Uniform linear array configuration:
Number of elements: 24
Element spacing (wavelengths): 0.25
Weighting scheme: cosine
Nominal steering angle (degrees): -15
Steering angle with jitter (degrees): -13.863
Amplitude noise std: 0.05
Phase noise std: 0.05

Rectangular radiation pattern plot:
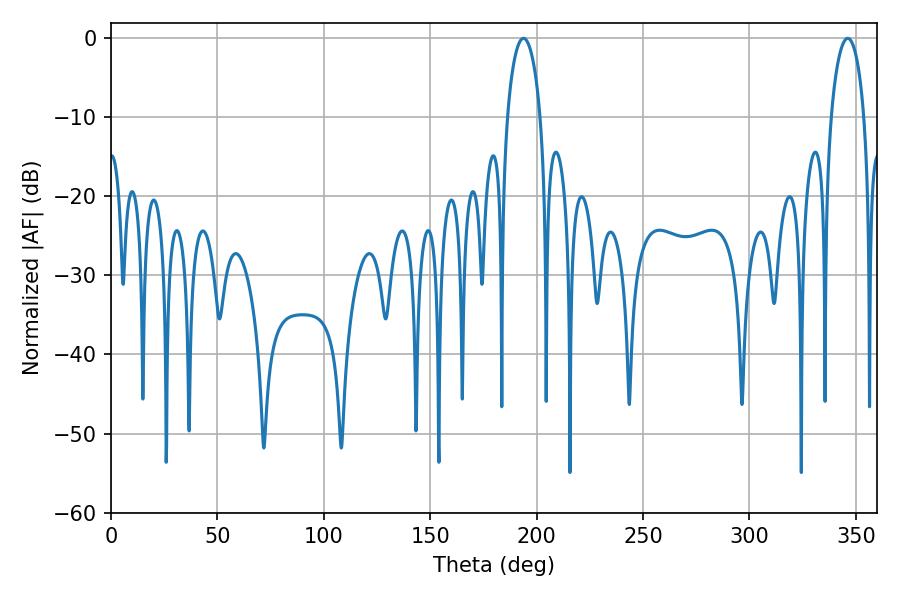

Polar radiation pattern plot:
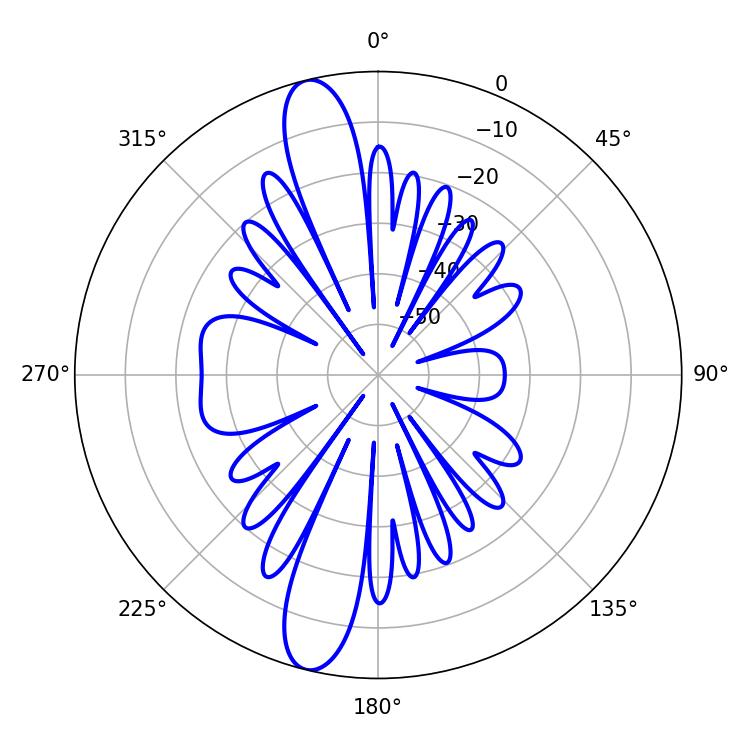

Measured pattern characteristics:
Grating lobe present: FALSE
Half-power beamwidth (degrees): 9
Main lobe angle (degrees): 193.86